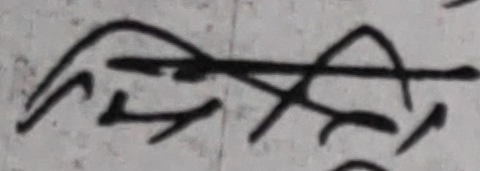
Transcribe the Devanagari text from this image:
मिति